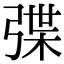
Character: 弽